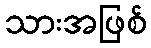
သားအဖြစ်